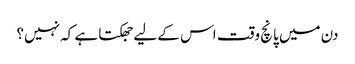
دن میں پانچ وقت اس کے لیے جھکتا ہے کہ نہیں؟